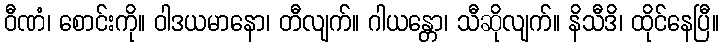
ဝီဏံ၊ စောင်းကို။ ဝါဒယမာနော၊ တီလျက်။ ဂါယန္တော၊ သီဆိုလျက်။ နိသီဒိ၊ ထိုင်နေပြီ။